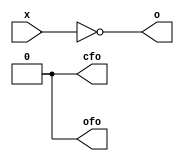
/*
 *  Bitwise logical operations for Zet
 *  Copyright (C) 2008-2010  Zeus Gomez Marmolejo <zeus@aluzina.org>
 *
 *  This file is part of the Zet processor. This processor is free
 *  hardware; you can redistribute it and/or modify it under the terms of
 *  the GNU General Public License as published by the Free Software
 *  Foundation; either version 3, or (at your option) any later version.
 *
 *  Zet is distrubuted in the hope that it will be useful, but WITHOUT
 *  ANY WARRANTY; without even the implied warranty of MERCHANTABILITY
 *  or FITNESS FOR A PARTICULAR PURPOSE. See the GNU General Public
 *  License for more details.
 *
 *  You should have received a copy of the GNU General Public License
 *  along with Zet; see the file COPYING. If not, see
 *  <http://www.gnu.org/licenses/>.
 */

module zet_bitlog (
    input  [15:0] x,
    output [15:0] o,
    output        cfo,
    output        ofo
  );

  // Assignments
  assign o = ~x;  // Now we only do NEG

  assign cfo = 1'b0;
  assign ofo = 1'b0;

endmodule